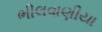
ભીલવાણીયા